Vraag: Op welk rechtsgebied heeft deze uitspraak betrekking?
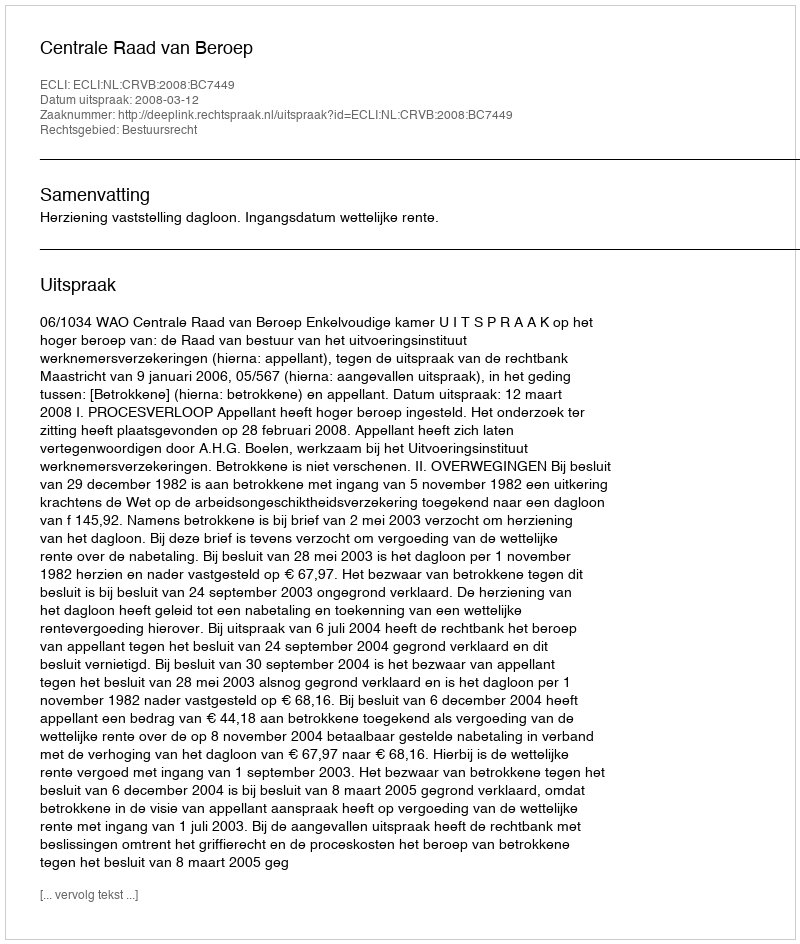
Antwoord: Bestuursrecht